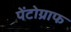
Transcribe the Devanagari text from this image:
पेंटोग्राफ